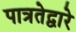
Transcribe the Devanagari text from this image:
पात्रतेद्वारे